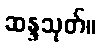
ဆန္ဒသုတ်။